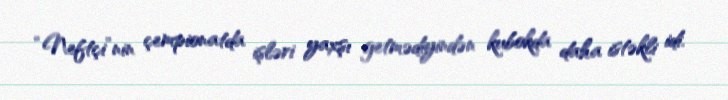
“Neftçi”nin çempionatda işləri yaxşı getmədiyindən kubokda daha istəkli idi.